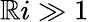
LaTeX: \mathbb{R}i\gg1